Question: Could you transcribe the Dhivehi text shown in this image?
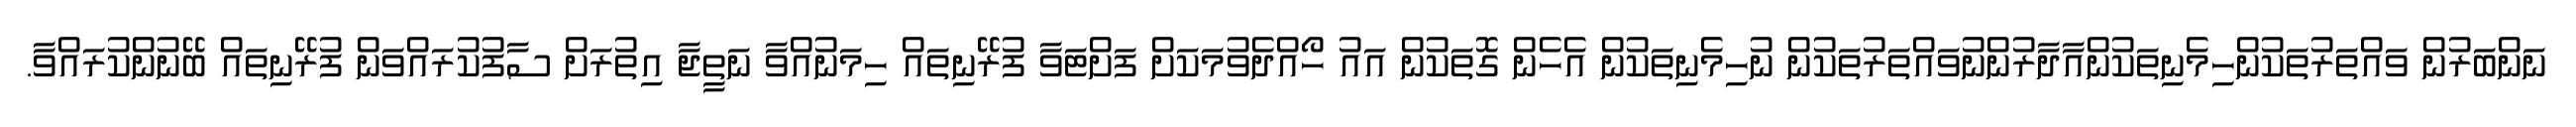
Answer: ނަންބަރުން ވައްތަރުތަކުންހިމެނިތަކުންއާދާރުންނުވައްތަރުތަކުން ނުހިމެނިތަކުން އެހެން ގޮތަކުން އައު ހޯއްދެވުމަކަށް ފަށްޓަވާ ފުރޭނިތައް ހިމަނުއްވާ ނަތީޖާ އިތުރަށް ސާފުކުރައްވަން ފުރޭނިތައް ބޭނުންކުރައްވާ.